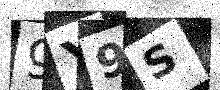
Text: 9Y9S